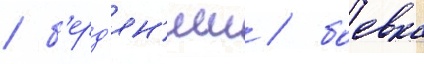
/ б'ерд'ян'иш / боевка